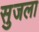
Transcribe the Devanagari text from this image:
सुजला